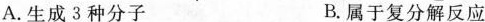
A.生成3种分子 B.属于复分解反应